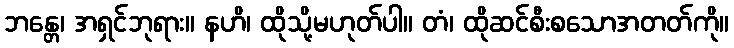
ဘန္တေ၊ အရှင်ဘုရား။ နဟိ၊ ထိုသို့မဟုတ်ပါ။ တံ၊ ထိုဆင်စီးစသောအတတ်ကို။